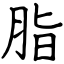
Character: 脂